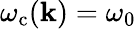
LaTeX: \omega_{\mathrm{c}}({\mathbf k})=\omega_{0}